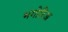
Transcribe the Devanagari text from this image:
भगोरिअ